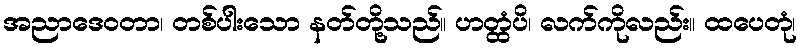
အညာဒေဝတာ၊ တစ်ပါးသော နတ်တို့သည်။ ဟတ္ထံပိ၊ လက်ကိုလည်း။ ထပေတုံ၊